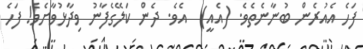
ފަހެ އެއުރެން ބުނާނެތެވެ. (އެއީ)  އެވެ. ދެން ކަލޭގެފާނު ވިދާޅުވާށެވެ! ފަހެ